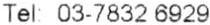
TEL: 03-7832 6929